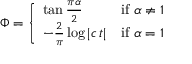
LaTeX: \Phi = { \left\{ \begin{array} { l l } { \tan { \frac { \pi \alpha } { 2 } } } & { { \mathrm { i f ~ } } \alpha \neq 1 } \\ { - { \frac { 2 } { \pi } } \log | c \, t | } & { { \mathrm { i f ~ } } \alpha = 1 } \end{array} \right. }